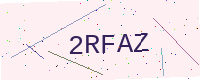
Text: 2RFAZ